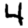
Digit: 4